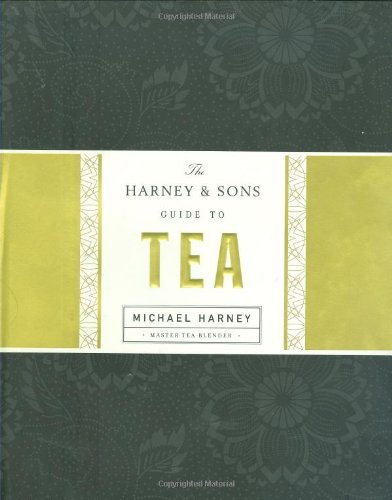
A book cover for The Harney & Sons Guide to Tea; Michael Harney; Cookbooks, Food & Wine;